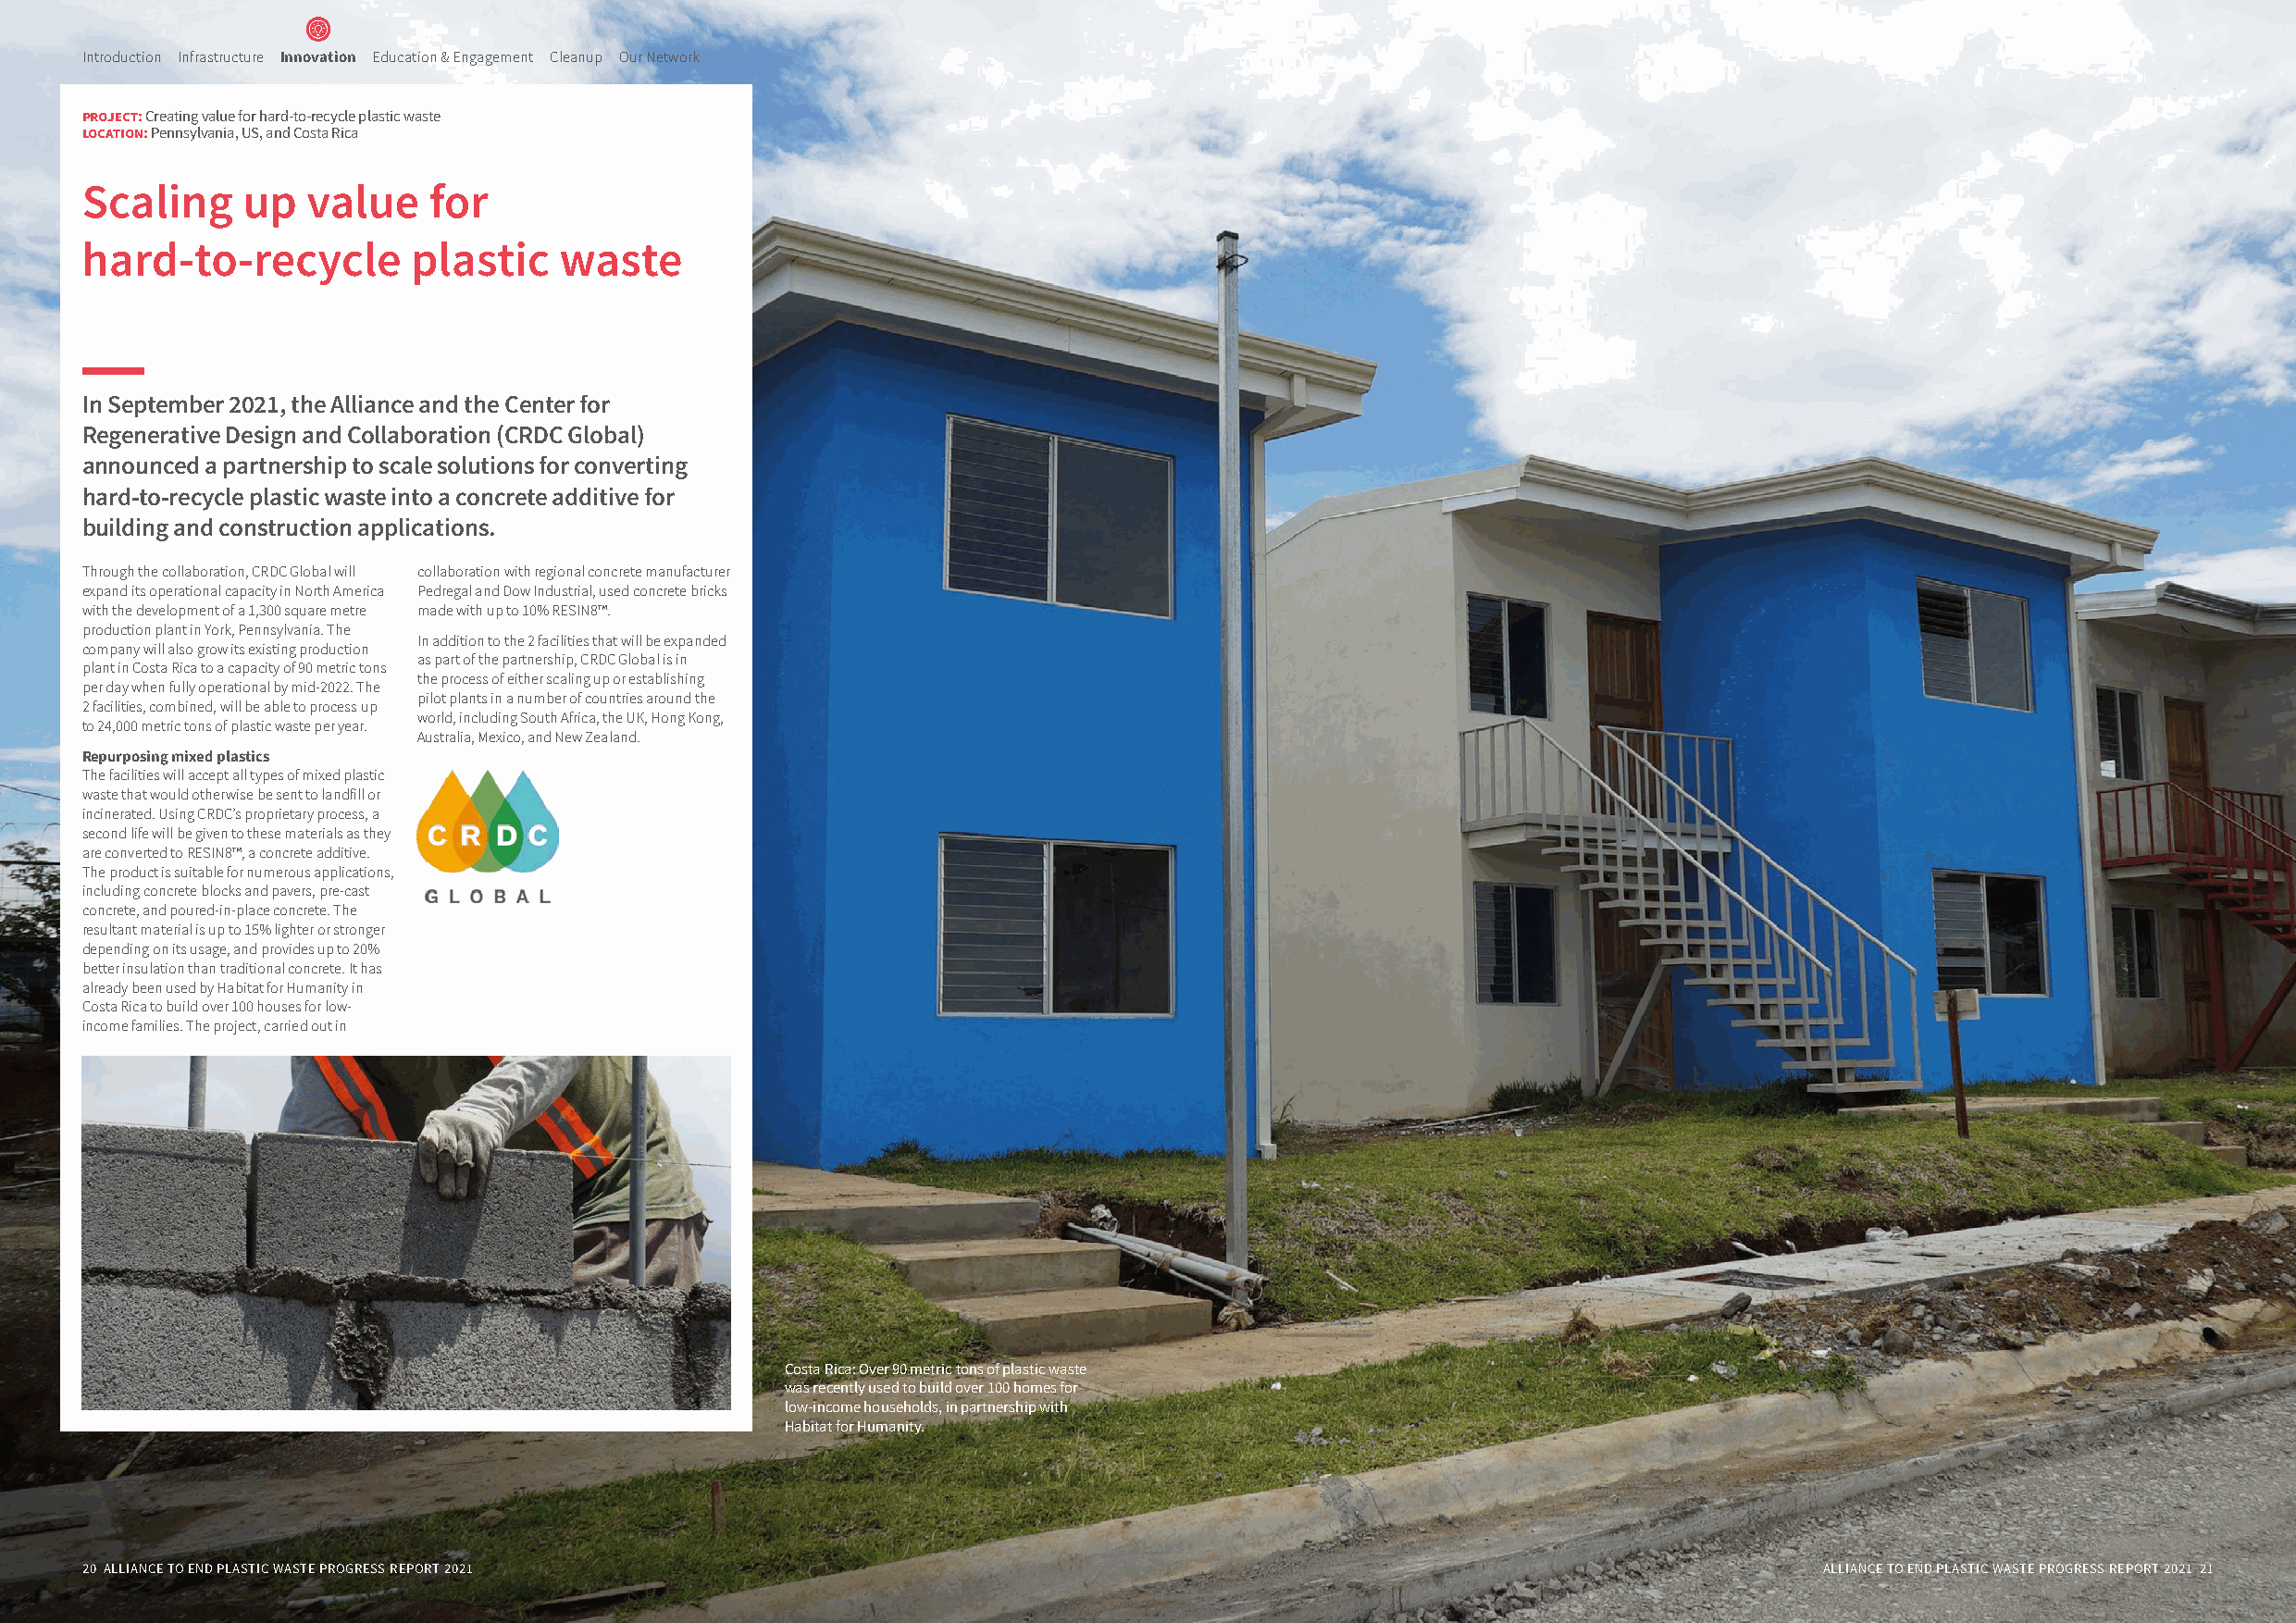
Introduction Infrastructure Innovation Education & Engagement Cleanup Our Network
 project: Creating value for hard-to-recycle plastic waste
 location: Pennsylvania, US, and Costa Rica
 Scaling    up   value    for
 hard-to-recycle        plastic    waste
 In September 2021, the Alliance and the Center for
 Regenerative Design and Collaboration (CRDC Global)
 announced a partnership to scale solutions for converting
 hard-to-recycle plastic waste into a concrete additive for
 building and construction applications.
 Through the collaboration, CRDC Global will collaboration with regional concrete manufacturer
 expand its operational capacity in North America Pedregal and Dow Industrial, used concrete bricks
 with the development of a 1,300 square metre made with up to 10% RESIN8™.
 production plant in York, Pennsylvania. The
 In addition to the 2 facilities that will be expanded
 company will also grow its existing production
 as part of the partnership, CRDC Global is in
 plant in Costa Rica to a capacity of 90 metric tons
 the process of either scaling up or establishing
 per day when fully operational by mid-2022. The
 pilot plants in a number of countries around the
 2 facilities, combined, will be able to process up
 world, including South Africa, the UK, Hong Kong,
 to 24,000 metric tons of plastic waste per year.
 Australia, Mexico, and New Zealand.
 Repurposing mixed plastics
 The facilities will accept all types of mixed plastic
 waste that would otherwise be sent to landfill or
 incinerated. Using CRDC’s proprietary process, a
 second life will be given to these materials as they
 are converted to RESIN8™, a concrete additive.
 The product is suitable for numerous applications,
 including concrete blocks and pavers, pre-cast
 concrete, and poured-in-place concrete. The
 resultant material is up to 15% lighter or stronger
 depending on its usage, and provides up to 20%
 better insulation than traditional concrete. It has
 already been used by Habitat for Humanity in
 Costa Rica to build over 100 houses for low-
 income families. The project, carried out in
 Costa Rica: Over 90 metric tons of plastic waste
 was recently used to build over 100 homes for
 low-income households, in partnership with
 Habitat for Humanity.
 20 ALLIANCE TO END PLASTIC WASTE PROGRESS REPORT 2021                                                                       ALLIANCE TO END PLASTIC WASTE PROGRESS REPORT 2021 21